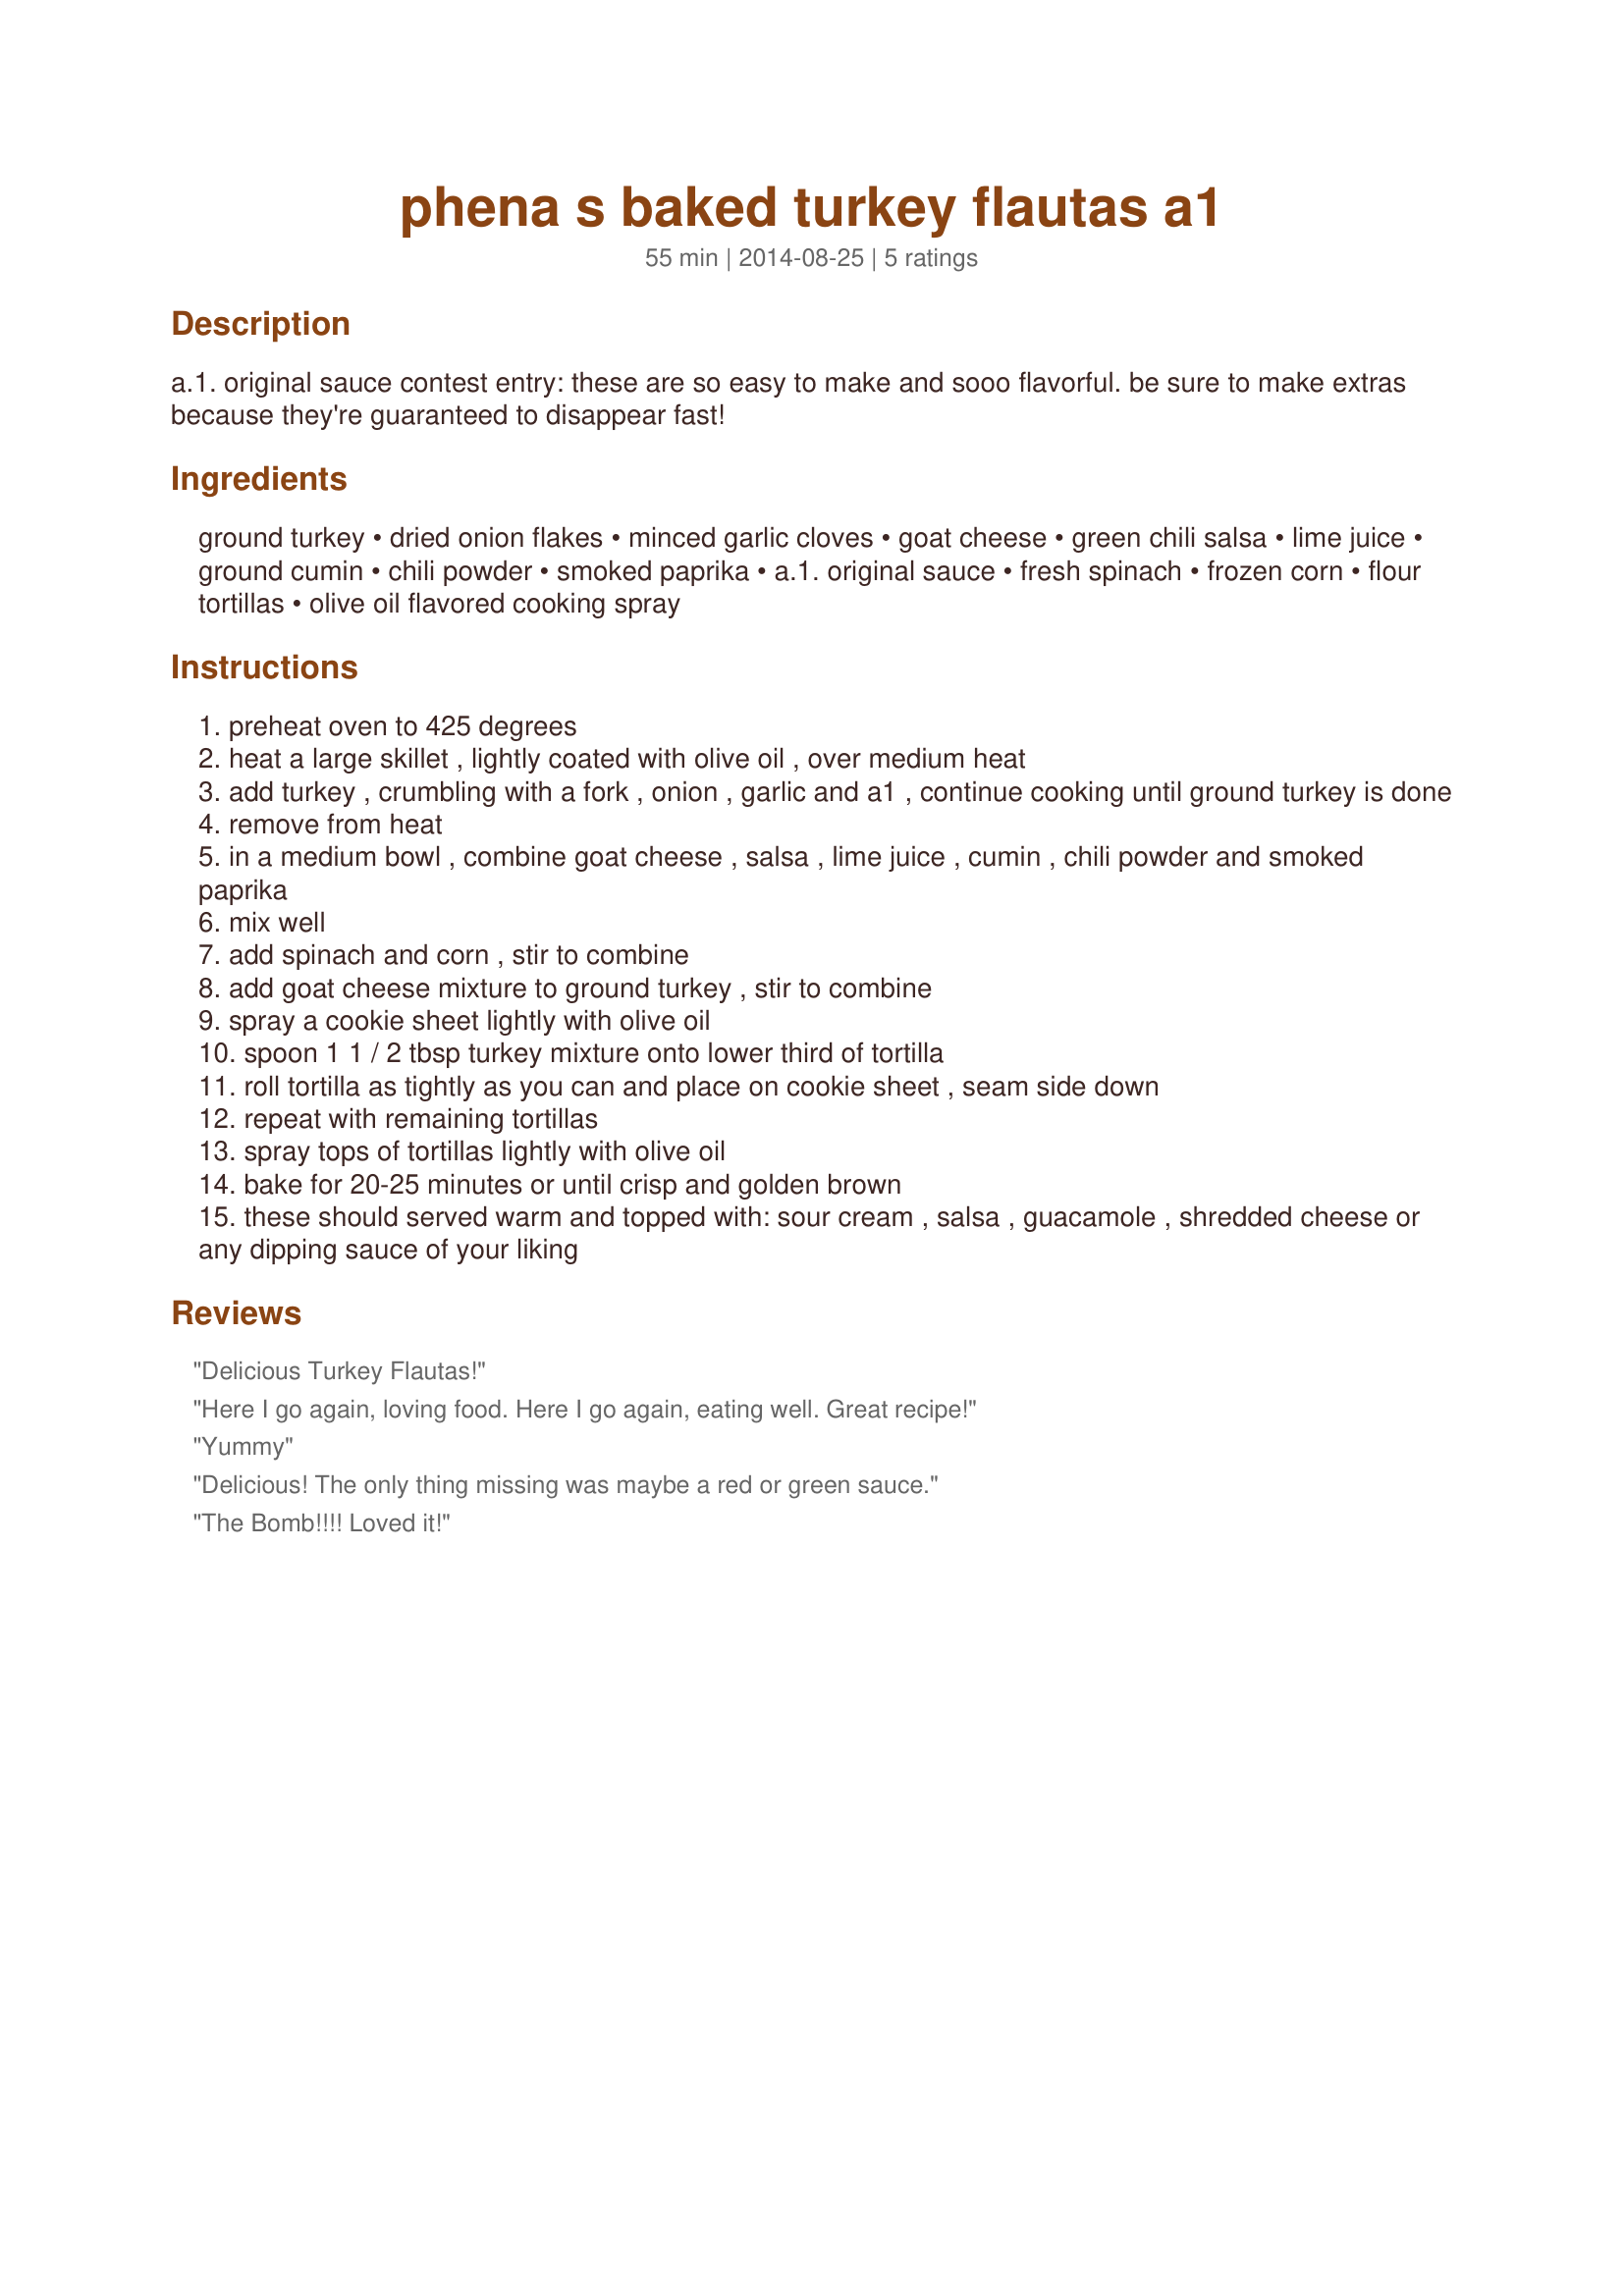
phena s baked turkey flautas a1
Preparation time: 55 minutes

a.1. original sauce contest entry: these are so easy to make and sooo flavorful. be sure to make extras because they're guaranteed to disappear fast!

Ingredients:
ground turkey, dried onion flakes, minced garlic cloves, goat cheese, green chili salsa, lime juice, ground cumin, chili powder, smoked paprika, a.1. original sauce, fresh spinach, frozen corn, flour tortillas, olive oil flavored cooking spray

Steps:
preheat oven to 425 degrees
heat a large skillet , lightly coated with olive oil , over medium heat
add turkey , crumbling with a fork , onion , garlic and a1 , continue cooking until ground turkey is done
remove from heat
in a medium bowl , combine goat cheese , salsa , lime juice , cumin , chili powder and smoked paprika
mix well
add spinach and corn , stir to combine
add goat cheese mixture to ground turkey , stir to combine
spray a cookie sheet lightly with olive oil
spoon 1 1 / 2 tbsp turkey mixture onto lower third of tortilla
roll tortilla as tightly as you can and place on cookie sheet , seam side down
repeat with remaining tortillas
spray tops of tortillas lightly with olive oil
bake for 20-25 minutes or until crisp and golden brown
these should served warm and topped with: sour cream , salsa , guacamole , shredded cheese or any dipping sauce of your liking

Reviews:
Delicious Turkey Flautas!
Here I go again, loving food. Here I go again, eating well. Great recipe!
Yummy
Delicious! The only thing missing was maybe a red or green sauce.
The Bomb!!!! Loved it!
